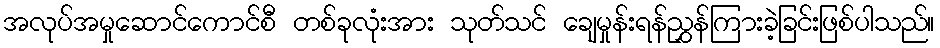
အလုပ်အမှုဆောင်ကောင်စီ တစ်ခုလုံးအား သုတ်သင် ချေမှုန်းရန်ညွှန်ကြားခဲ့ခြင်းဖြစ်ပါသည်။